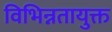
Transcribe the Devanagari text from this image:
विभिन्नतायुक्त